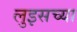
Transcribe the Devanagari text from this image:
लुइसच्या